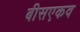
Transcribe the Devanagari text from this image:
बीसएकव